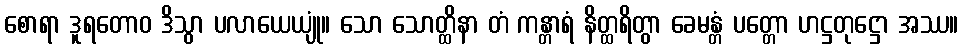
စောရာ ဒူရတောဝ ဒိသွာ ပလာယေယျုံ။ သော သောတ္ထိနာ တံ ကန္တာရံ နိတ္ထရိတွာ ခေမန္တံ ပတ္တော ဟဋ္ဌတုဋ္ဌော အဿ။